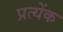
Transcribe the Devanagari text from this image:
प्रत्येंक